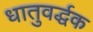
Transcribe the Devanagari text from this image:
धातुवर्द्धक